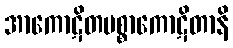
အာကောဋိတပစ္စာကောဋိတာနိ